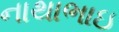
નાથાભાઇ